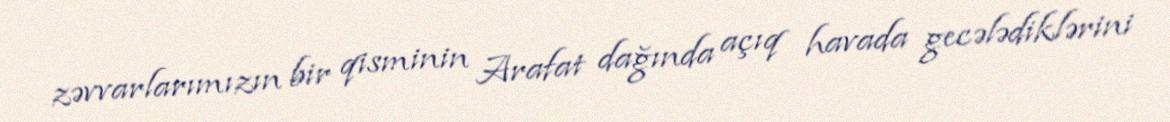
zəvvarlarımızın bir qisminin Arafat dağında açıq havada gecələdiklərini